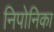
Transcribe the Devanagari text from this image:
निपोनिका